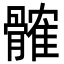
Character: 髉